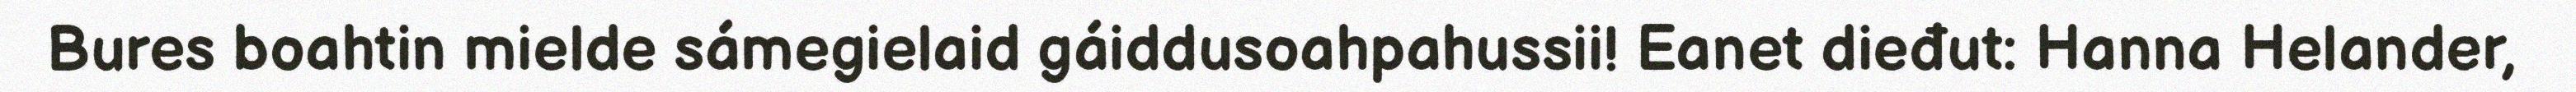
Bures boahtin mielde sámegielaid gáiddusoahpahussii! Eanet dieđut: Hanna Helander,